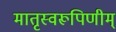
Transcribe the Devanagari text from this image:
मातृस्वरूपिणीम्